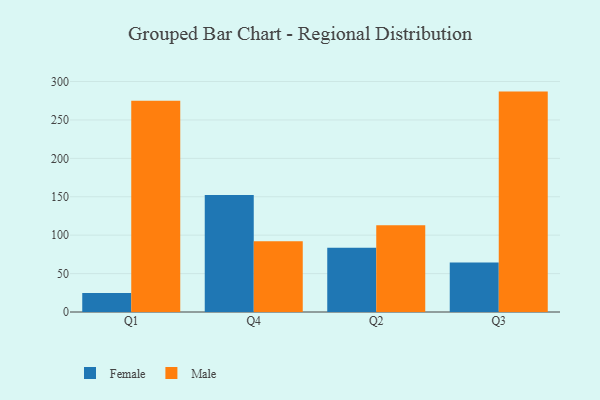
{"axis": {"x": "Quarter", "y": "Temperature (°C)"}, "legend": ["Female", "Male"], "data": [{"x": "Q1", "y": 24.6, "type": "Female"}, {"x": "Q1", "y": 274.9, "type": "Male"}, {"x": "Q4", "y": 152.3, "type": "Female"}, {"x": "Q4", "y": 92.1, "type": "Male"}, {"x": "Q2", "y": 83.6, "type": "Female"}, {"x": "Q2", "y": 113.0, "type": "Male"}, {"x": "Q3", "y": 64.5, "type": "Female"}, {"x": "Q3", "y": 286.9, "type": "Male"}]}